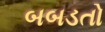
બબડતો